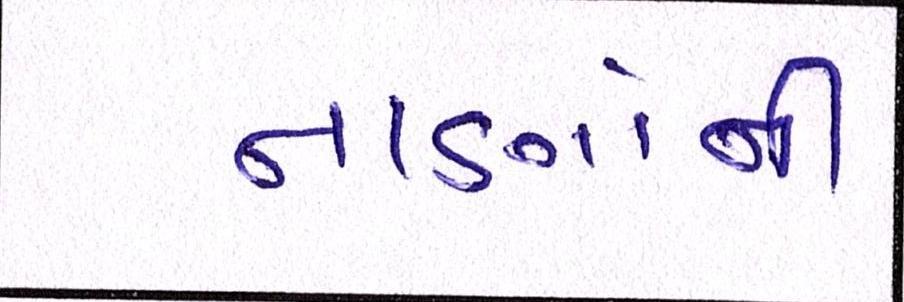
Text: નાણાંની